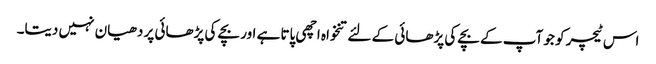
اس ٹیچر کو جو آپ کے بچے کی پڑھائی کے لئے تنخواہ اچھی پاتا ہے اور بچے کی پڑھائی پر دھیان نہیں دیتا۔